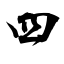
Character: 四